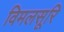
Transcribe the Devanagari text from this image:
विमलसूरि